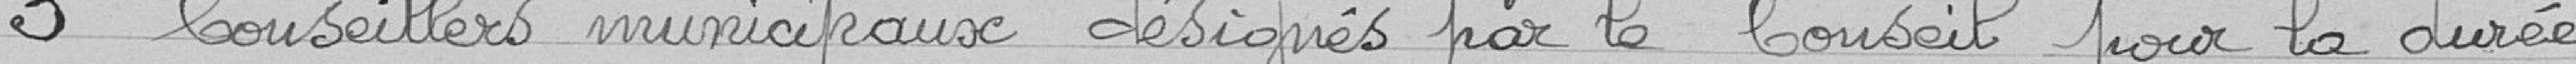
3 Conseilleurs municipaux désignés par le Conseil pour la durée